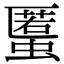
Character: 𧏾